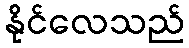
နိုင်လေသည်